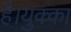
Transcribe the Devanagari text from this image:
है।युक्का